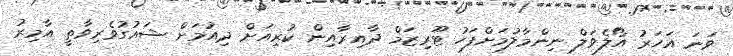
ވަނަ އަހަރު އޯލެވަލް ނިންމާލުމަށްފަހު ޓޫރިޒަމް ދާއިރާއިން ކުރިއަށް ދިއުމަށް ޝައުގުވެރިވާތީ އާމިރު